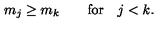
m _ { j } \geq m _ { k } \qquad \mathrm { f o r } \quad j < k .